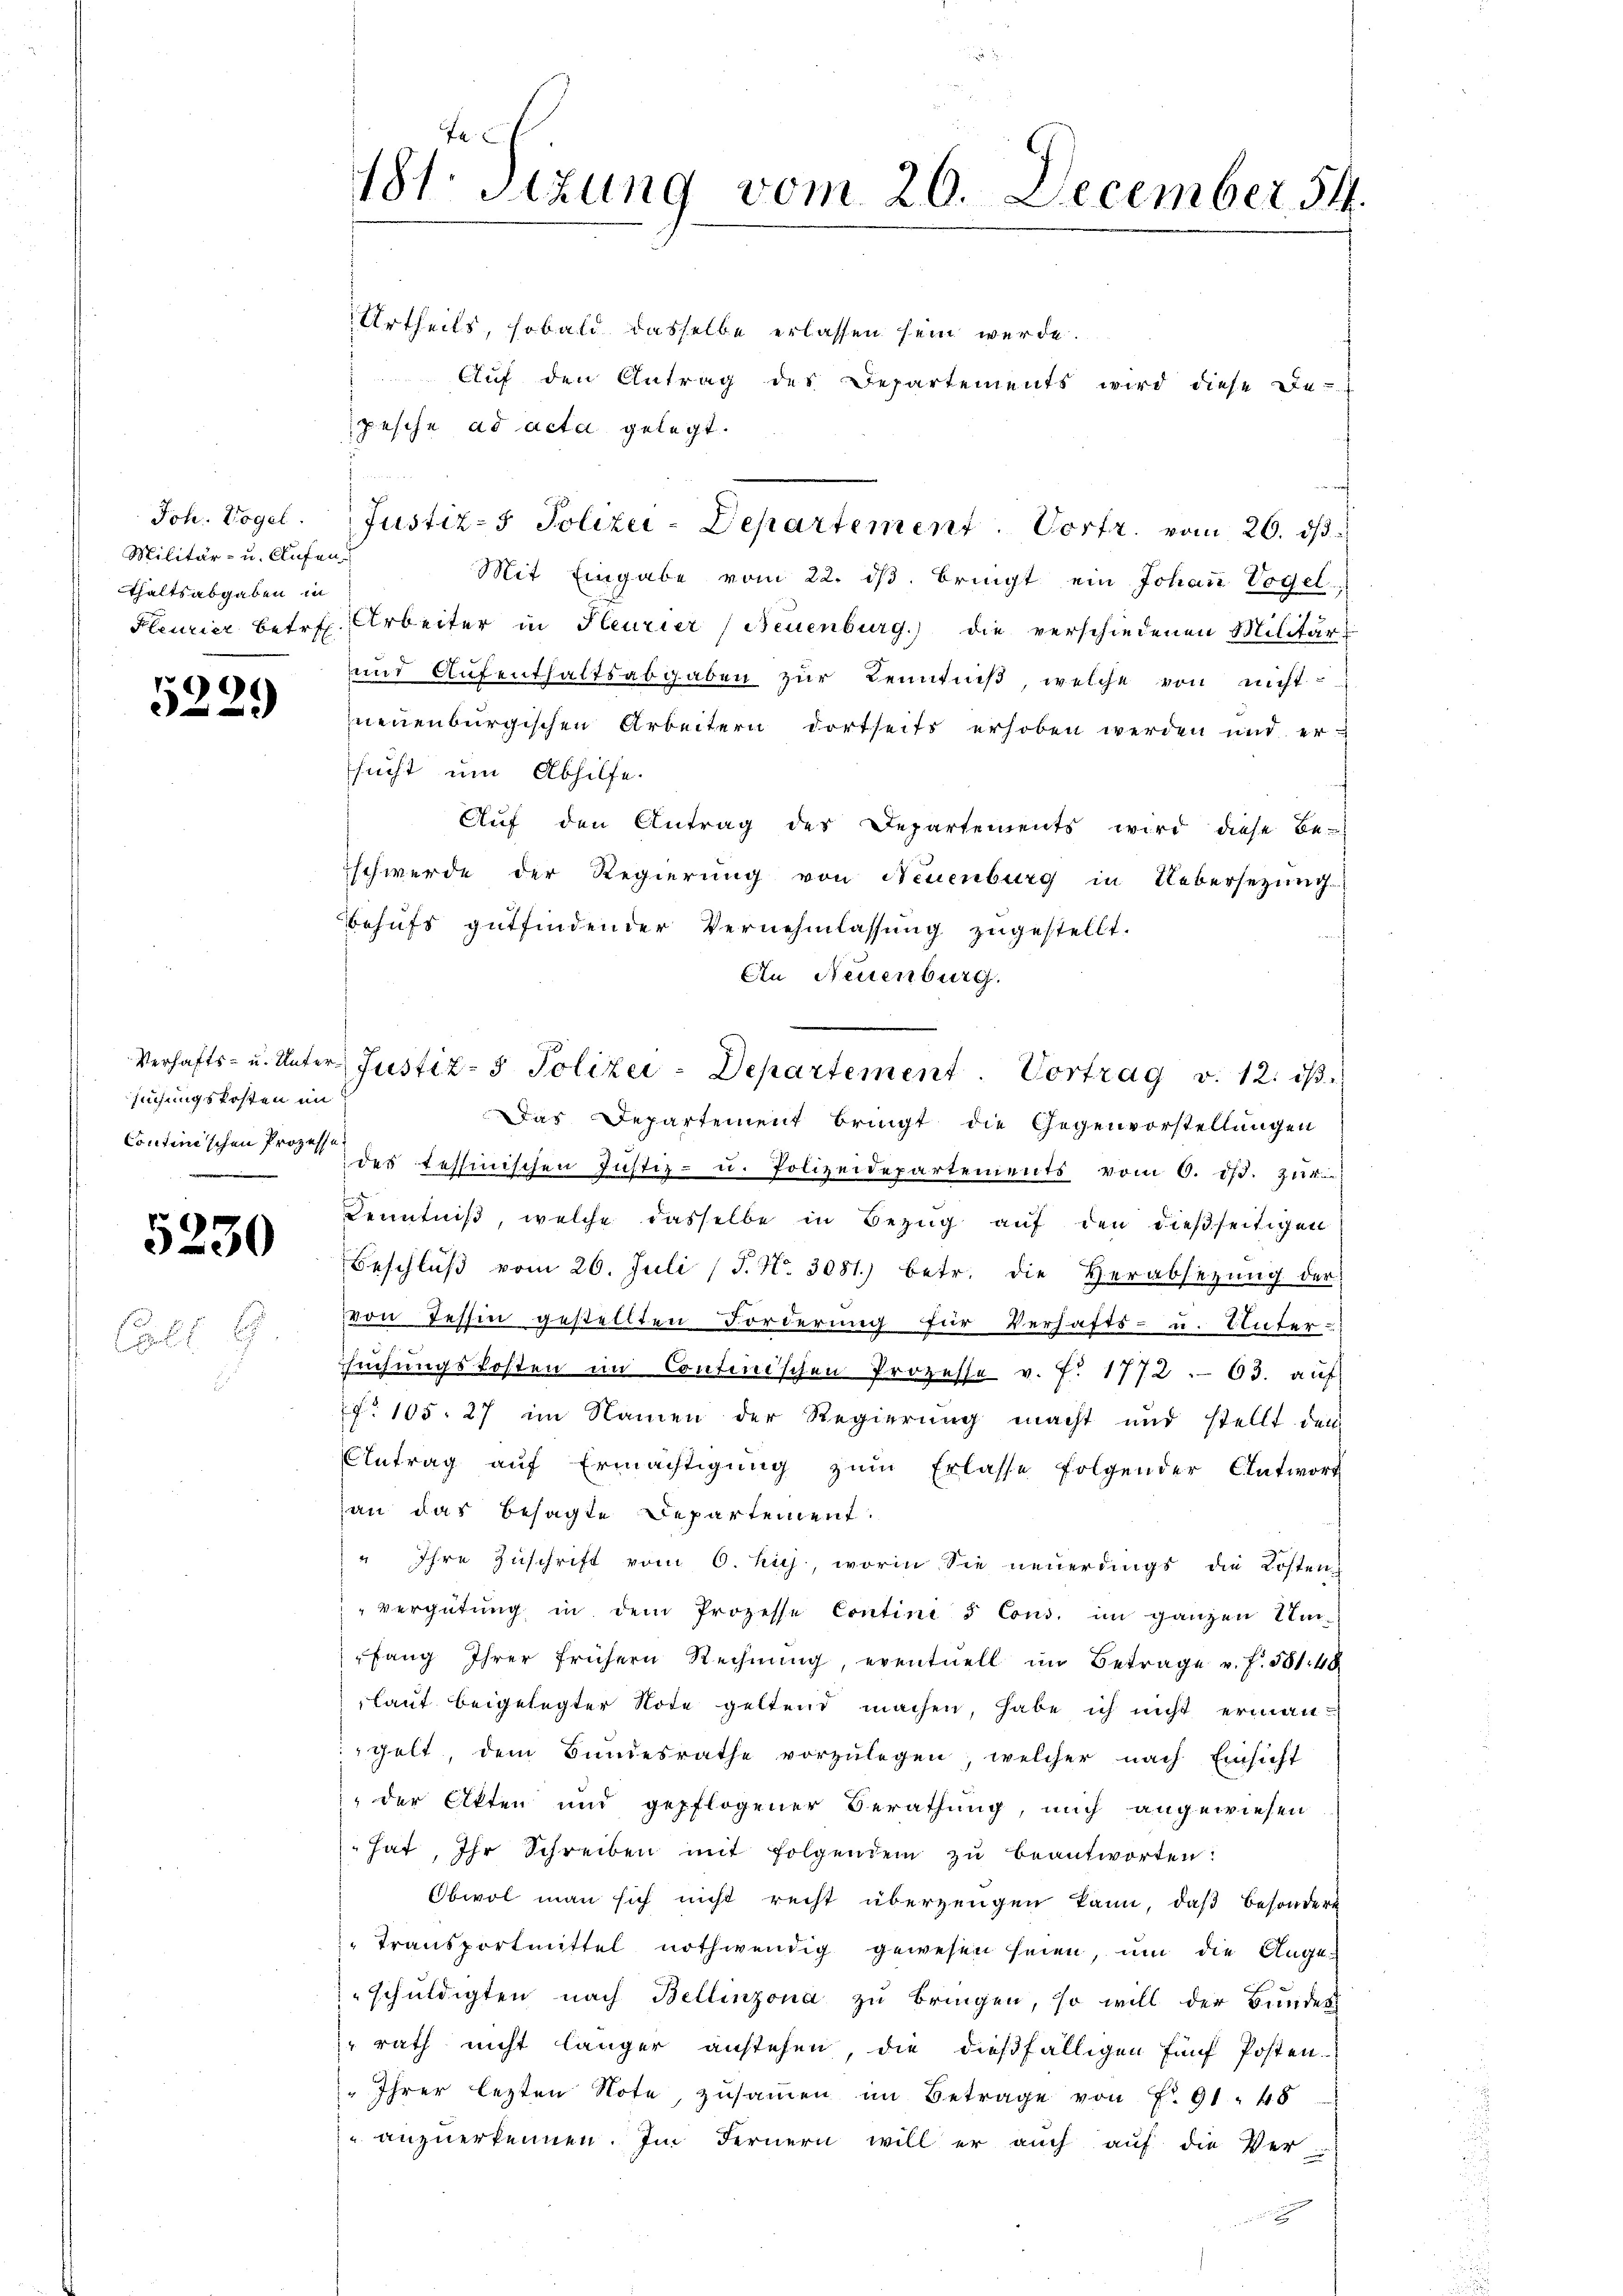
Joh. Vogel.
Militär- u. Aufen.
thaltsabgaben in

9
2

suchungskosten im
Continischen Prozesse

5230

Coll

6

Fr.
181. Sizung vom 20. December 54.

Urtheils, sobald dasselbe erlassen sein werde.
Aŭf den Antrag des Departements wird diese De-
pesche ad acta gelegt.
Mit Eingabe vom 22. dβ. bringt ein Johann Vogel
Fleuzier betr. Arbeiter in Heurier (Neuenburg) die verschiedenen Militär-
und Aufenthaltsabgaben zur Kenntniß, welche von nicht
neuenburgischen Arbeitern dortseits erhoben werden und ersucht um Abhilfe.
Aŭf den Antrag des Departements wird diese Be-
schwerde der Regierung von Neuenburg in Uebersezung
behufs gutfindender Vernehmlassung zugestellt.
An Neuenburg.
Das Departement bringt die Gegenvorstellungen
des tessinischen Jŭstiz- u. Polizeidepartements vom 6. dβ. zŭr
Kenntniß, welche dasselbe in Bezug auf den dießseitigen
Beschluß vom 26. Juli (T. N. 3081) betr. die Herabsezung der
von Tessin gestellten Forderung für Verhafts- u. Unter-
uchungskosten im Continischen Prozesse v. J. 1772. 63. auf
f. 105. 27 im Namen der Regierung macht und stellt den
Antrag auf Ermächtigŭng zŭm Erlasse folgender Antwort
an das besagte Departement.
" Ihre Zuschrift vom 6. huj, worin Sie neuerdings die Kosten
vergütŭng in dem Prozesse Contini & Cons. im ganzen Um-
fang Ihrer frühern Rechnŭng, eventuell im Betrage u. f. 581. 48
laut beigelegter Note geltend machen, habe ich nicht ermangelt, dem Bŭndesrathe vorzŭlegen, welcher nach Einsicht
 der Akten und gepflogener Berathung, mich angewiesen
hat, Ihr Schreiben mit folgenden zŭ beantworten:
Obwol man sich nicht recht überzeugen kann, daß besondert
Transportmittel nothwendig gewesen seien, um die Ange-
schuldigten nach Bellinzona zu bringen, so will der Bundes
rath nicht länger anstehen, die dießfälligen fünf Posten.
" Ihrer letzten Note, zusammen im Betrage von P. 91. 48
u anzuerkennen. Im Fernern will er auch auf die Ver¬

Justiz- & Polizei-Departement. Vortr. vom 26. ds

Verhafts- u. Unter Justiz- & Polizei-Departement. Vortrag v. 12. ds.